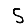
Digit: 5